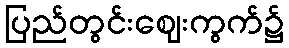
ပြည်တွင်းဈေးကွက်၌